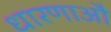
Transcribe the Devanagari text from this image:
धारणाऔ